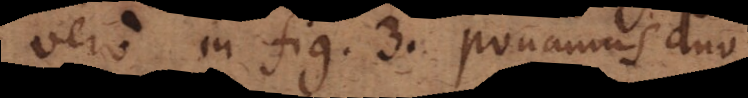
vero in fig. 3. ponamus duo